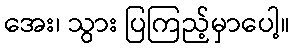
အေး၊ သွား ပြကြည့်မှာပေါ့။